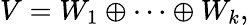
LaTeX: V=W_{1}\oplus\cdots\oplus W_{k},